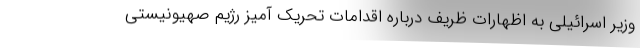
وزیر اسرائیلی به اظهارات ظریف درباره اقدامات تحریک آمیز رژیم صهیونیستی